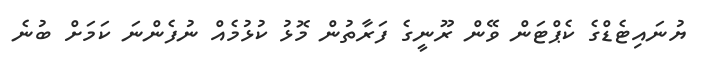
ޔުނައިޓެޑްގެ ކެޕްޓަން ވޭން ރޫނީގެ ފަރާތުން މޮޅު ކުޅުމެއް ނުފެންނަ ކަމަށް ބުނެ